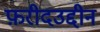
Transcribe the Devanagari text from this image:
फ़रीदउद्दीन